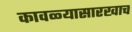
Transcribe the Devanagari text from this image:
कावळ्यासारखाच